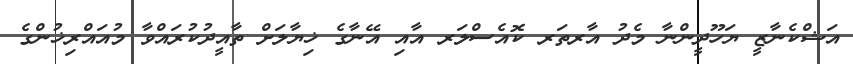
އަޝްކެނާޒީ ޔަހޫދީންނާ މެދު އާރތަރ ކޮއެސްލަރ އާއި އޭނާގެ ޚިޔާލަށް ތާއީދުކުރައްވާ މުއައްރިޚުންގެ